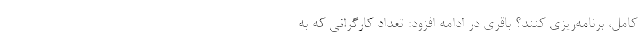
کامل، برنامه‌ریزی کنند؟ باقری در ادامه افزود: تعداد کارگرانی که به